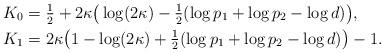
LaTeX: \begin{align*} K_0 &= \tfrac{1}{2}+2\kappa\big(\log(2\kappa) -\tfrac{1}{2}(\log p_1 +\log p_2-\log d)\big),\\ K_1 &= 2\kappa\big(1-\log(2\kappa) +\tfrac{1}{2}(\log p_1 +\log p_2-\log d)\big)-1.\end{align*}